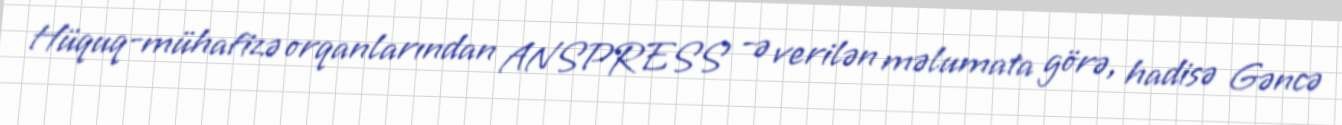
Hüquq-mühafizə orqanlarından ANSPRESS -ə verilən məlumata görə, hadisə Gəncə